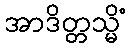
အာဒိတ္တသ္မိံ